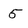
Character: 5